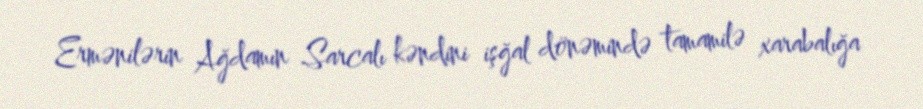
Ermənilərin Ağdamın Sarcalı kəndini işğal dönəmində tamamilə xarabalığa